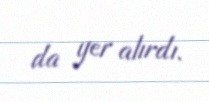
da yer alırdı.